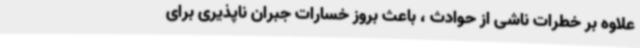
علاوه بر خطرات ناشی از حوادث ، باعث بروز خسارات جبران ناپذیری برای